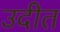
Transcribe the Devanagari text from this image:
उदीत